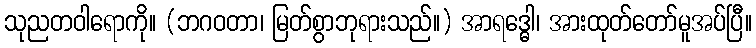
သုညတဝါရောကို။ (ဘဂဝတာ၊ မြတ်စွာဘုရားသည်။) အာရဒ္ဓေါ၊ အားထုတ်တော်မူအပ်ပြီ။